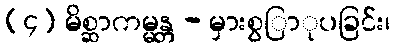
(၄) မိစ္ဆာကမ္မန္တ - မှားစွြာုပခြင်း၊